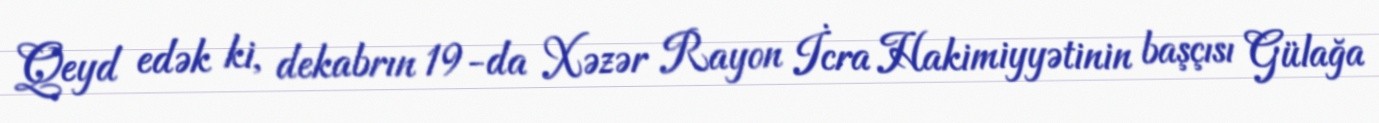
Qeyd edək ki, dekabrın 19-da Xəzər Rayon İcra Hakimiyyətinin başçısı Gülağa